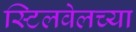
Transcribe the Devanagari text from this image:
स्टिलवेलच्या